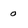
Character: o